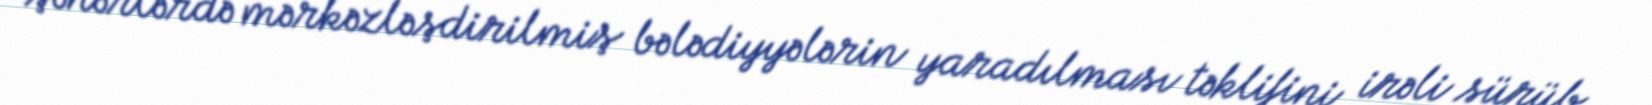
şəhərlərdə mərkəzləşdirilmiş bələdiyyələrin yaradılması təklifini irəli sürüb.